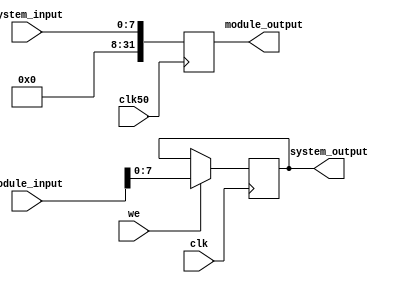
module arduino_driver(
	input clk50,
	input clk,
	input we,
	input [7:0] system_input,
	input [31:0] module_input,
	output reg [7:0] system_output,
	output [31:0] module_output);

	reg [31:0] system_input_buffer;
  
	always @ (posedge clk50) begin
		system_input_buffer <= {24'b0, system_input};
	end

	always @ (posedge clk) begin
		if (we) begin
			system_output <= module_input[7:0];
		end
	end

	assign module_output = system_input_buffer;
endmodule